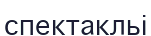
спектакльі